Vaccination returns of the Province of Eastern Bengal and Assam - 1905-1912
Year: 1905
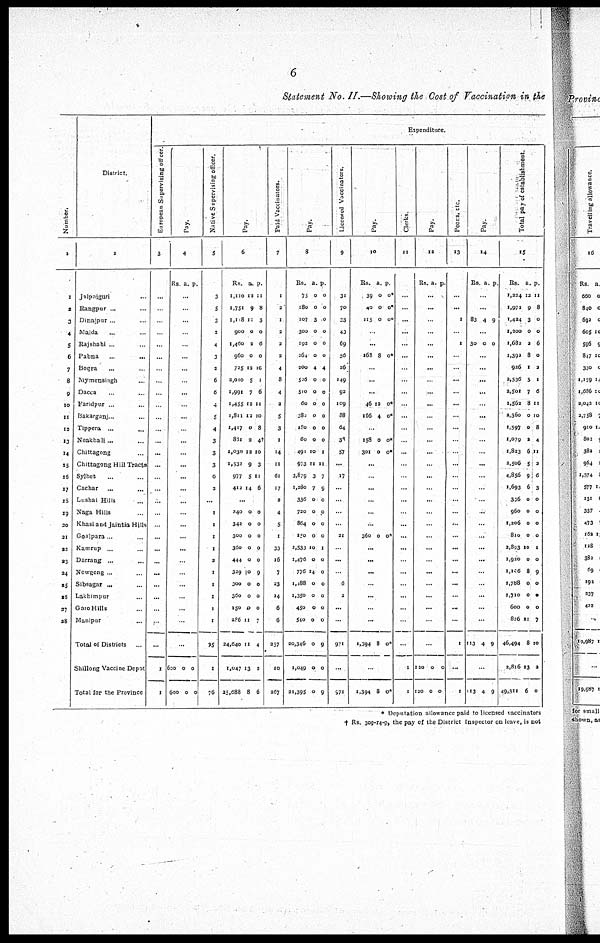
6
Statement No. II.—Showing the Cost of Vaccination in the
Number.
1
1
2
3
4
5
6
7
8
9
10
11
12
13
14
15
16
17
18
19
20
21
22
23
24
25
26
27
28
District.
2
Jalpaiguri ...
Rangpur ... ...
Dinajpur ... ...
Malda
... ...
Rajshahi ... ...
Pabna ... ...
Bogra ... ...
Mymensingh ...
Dacca ... ...
Faridpur ... ...
Bakarganj... ...
Tippera ... ...
Noakhali... ...
Chittagong ...
Chittagong Hill Tracts
Sylhet ... ...
Cachar ... ...
Lushai Hills ...
Naga Hills ...
Khasi and Jaintia Hills
Goalpara... ...
Kamrup ... ...
Darrang ... ...
Nowgong ... ...
Sibsagar ... ...
Lakhimpur ...
Garo Hills ...
Manipur ...
Total of Districts
...
Shillong Vaccine Depot
Total for the Province
Expenditure.
European Supervising officer.
3
...
...
...
...
...
...
...
...
...
...
...
...
...
...
...
...
...
...
...
...
...
...
...
...
...
...
...
...
...
1
1
Pay.
4
Rs a. p.
...
...
...
...
...
...
...
...
...
...
...
...
...
...
...
...
...
...
...
...
...
...
...
...
...
...
...
...
...
600
600
0
0
0
0
Native Supervising officer.
5
3
5
3
2
4
3
2
6
6
4
5
4
3
3
3
6
2
...
...
...
...
...
...
...
...
...
...
...
75
1
76
Pay.
6
Rs.
1,110
1,751
1,118
900
1,460
960
725
2,010
1,991
1,455
1,811
1,417
861
1,030
1,532
977
412
a.
12
9
11
0
2
0
12
5
7
12
12
0
2
12
9
5
14
p.
11
8
3
0
6
0
10
1
6
11
10
8
4†
10
3
11
6
...
240
342
300
360
444
329
300
360
150
286
24,640
1,047
25,688
0
0
0
0
0
10
0
0
0
11
11
13
8
0
0
0
0
0
9
0
0
0
7
4
2
6
Paid Vaccinators.
7
1
2
1
2
2
2
4
8
4
2
5
3
1
14
11
61
17
2
4
5
1
33
16
7
23
14
6
6
257
10
267
Pay.
8
Rs.
75
180
107
300
192
264
200
526
510
60
382
180
60
491
973
3,879
1,280
336
720
864
150
2,533
1,476
776
1,488
1,350
450
540
20,346
1,049
21,395
a.
0
0
3
0
0
0
4
0
0
0
0
0
0
10
11
3
7
0
0
0
0
10
0
14
0
0
0
0
0
0
0
p.
0
0
0
0
0
0
4
0
0
0
0
0
0
1
11
7
9
0
8
0
0
1
0
0
0
0
0
0
9
0
9
Licensed Vaccinators.
9
31
70
33
43
69
56
26
149
92
109
88
64
38
57
...
17
...
...
...
...
21
...
...
...
6
2
...
...
971
...
971
Pay.
10
Rs.
39
40
115
a.
0
0
0
p.
0*
0*
0*
...
...
168 8 0*
...
...
...
46
166
12
4
0*
0*
...
158
301
0
0
0*
0*
...
...
...
...
...
...
360 0 0*
...
...
...
...
...
...
...
1,394 8 0*
...
1,394 8 0*
Clerks.
11
...
...
...
...
...
...
...
...
...
...
...
...
...
...
...
...
...
...
...
...
...
...
...
...
...
...
...
...
...
1
1
Pay.
12
Rs. a. p.
...
...
...
...
...
...
...
...
...
...
...
...
...
...
...
...
...
...
...
...
...
...
...
...
...
...
...
...
...
120
120
0
0
0
0
Peons, etc.
13
...
...
1
...
1
...
...
...
...
...
...
...
...
...
...
...
...
...
...
...
...
...
...
...
...
...
...
...
1
...
1
Pay.
14
Rs. a p.
...
...
83 4 9
...
30 0 0
...
...
...
...
...
...
...
...
...
...
...
...
...
...
...
...
...
...
...
...
...
...
...
113 4 9
...
113 4 9
Total pay of establishment.
15
Rs.
1,224
1,971
1,424
1,200
1,682
1,392
926
2,536
2,501
1,562
2,360
1,597
1,079
1,823
2,506
4,856
1,693
336
960
1,206
810
2,893
1,920
1,106
1,788
1,710
600
826
46,494
2,816
49,311
a.
12
9
3
0
2
8
1
5
1
8
0
0
2
6
5
9
6
0
0
0
0
10
0
8
0
0
0
11
8
13
6
p.
11
8
0
0
6
0
2
1
6
11
10
8
4
11
2
6
3
0
0
0
0
1
0
9
0
0
0
7
10
2
0
* Deputation allowance paid to licensed vaccinators
† Rs. 309-14-9, the pay of the District Inspector on leave, is not